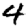
Digit: 4